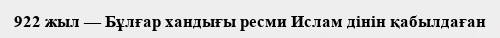
922 жыл — Бұлғар хандығы ресми Ислам дінін қабылдаған